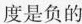
度是负的